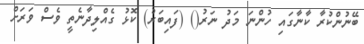
ބޭނުންކުރާ ކާނާގައި ހުންނަ މަދު ނަރު() (ފައިބަރު) ކޮޅު ގެއްލިދާނެތީ ވެސް ވަރަށް